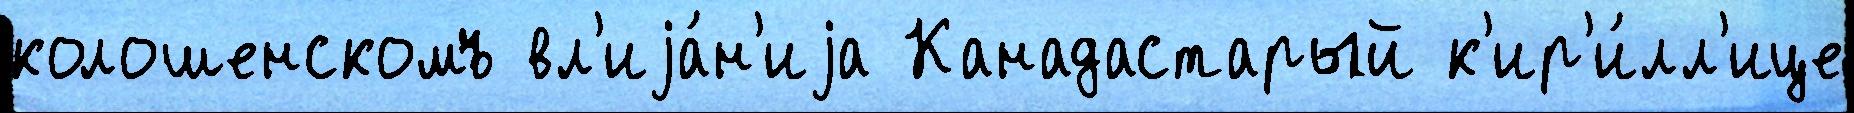
колошенскомъ вл'иjа́н'иjа Канадастарый к'ир'и́лл'ице